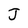
Character: J